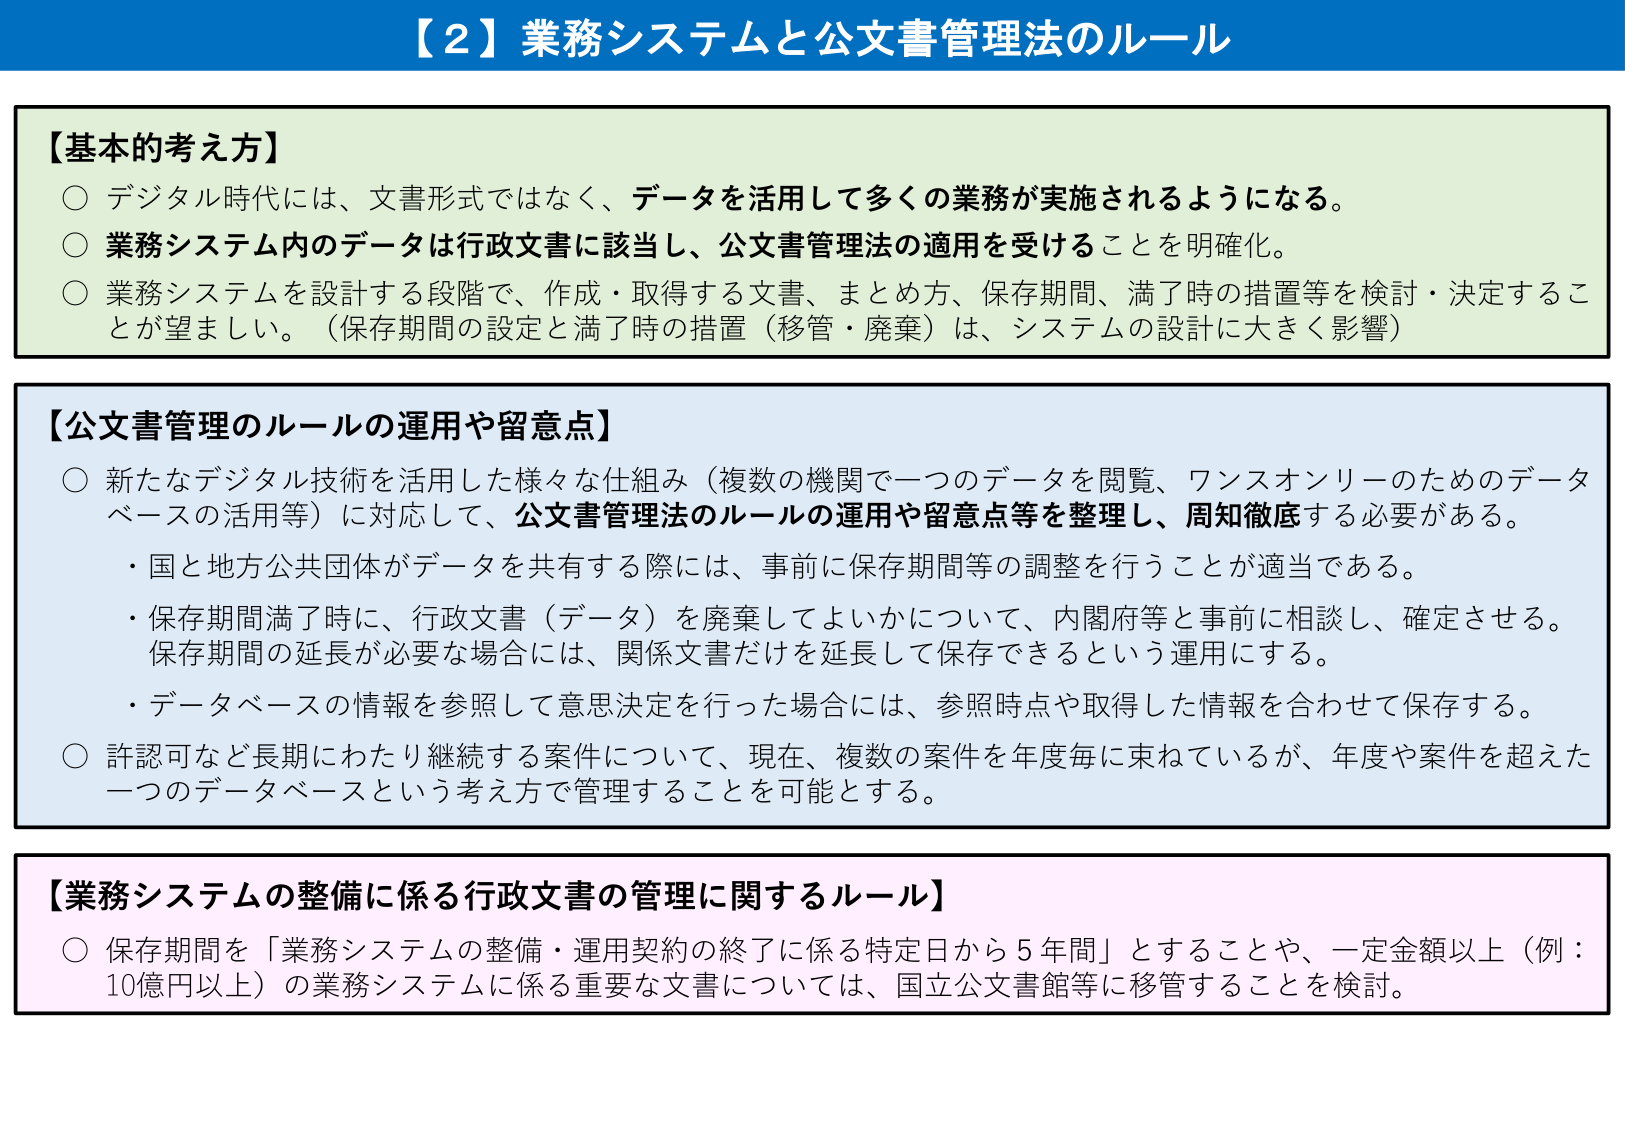
【２】業務システムと公文書管理法のルール

【基本的考え方】
○ デジタル時代には、文書形式ではなく、データを活用して多くの業務が実施されるようになる。
○ 業務システム内のデータは行政文書に該当し、公文書管理法の適用を受けることを明確化。
○ 業務システムを設計する段階で、作成・取得する文書、まとめ方、保存期間、満了時の措置等を検討・決定することが望ましい。（保存期間の設定と満了時の措置（移管・廃棄）は、システムの設計に大きく影響）

【公文書管理のルールの運用や留意点】
○ 新たなデジタル技術を活用した様々な仕組み（複数の機関で一つのデータを閲覧、ワンスオンリーのためのデータベースの活用等）に対応して、公文書管理法のルールの運用や留意点等を整理し、周知徹底する必要がある。
・ 国と地方公共団体がデータを共有する際には、事前に保存期間等の調整を行うことが適当である。
・ 保存期間満了時に、行政文書（データ）を廃棄してよいかについて、内閣府等と事前に相談し、確定させる。保存期間の延長が必要な場合には、関係文書だけを延長して保存できるという運用にする。
・ データベースの情報を参照して意思決定を行った場合には、参照時点や取得した情報を合わせて保存する。
○ 許認可など長期にわたり継続する案件について、現在、複数の案件を年度毎に束ねているが、年度や案件を超えた一つのデータベースという考え方で管理することを可能とする。

【業務システムの整備に係る行政文書の管理に関するルール】
○ 保存期間を「業務システムの整備・運用契約の終了に係る特定日から５年間」とすることや、一定金額以上（例：10億円以上）の業務システムに係る重要な文書については、国立公文書館等に移管することを検討。